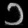
Digit: ၁